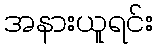
အနားယူရင်း